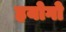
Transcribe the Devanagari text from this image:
हयोगो